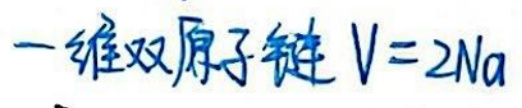
一维双原子链 \(V = 2N a\)